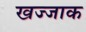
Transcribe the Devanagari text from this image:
खज्जाक